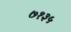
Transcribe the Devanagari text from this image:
७१३५